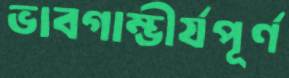
ভাবগাম্ভীর্যপূর্ণ